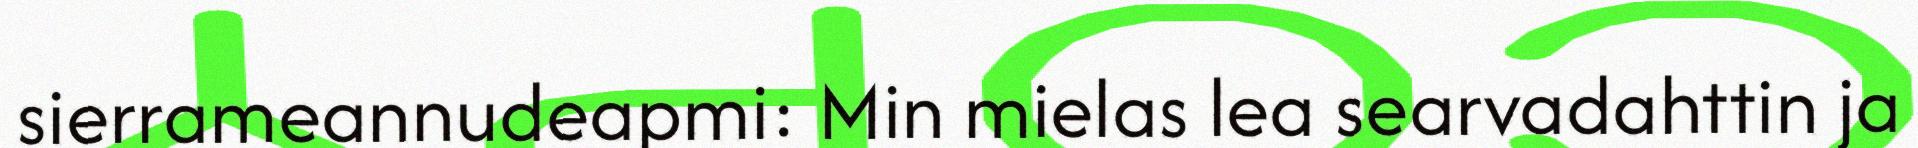
sierrameannudeapmi: Min mielas lea searvadahttin ja